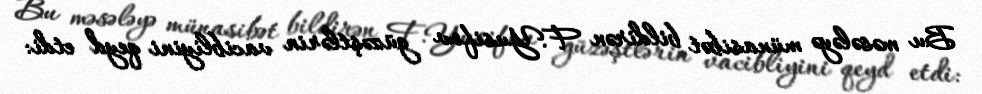
Bu məsələyə münasibət bildirən F.Yusifov güzəştlərin vacibliyini qeyd etdi: